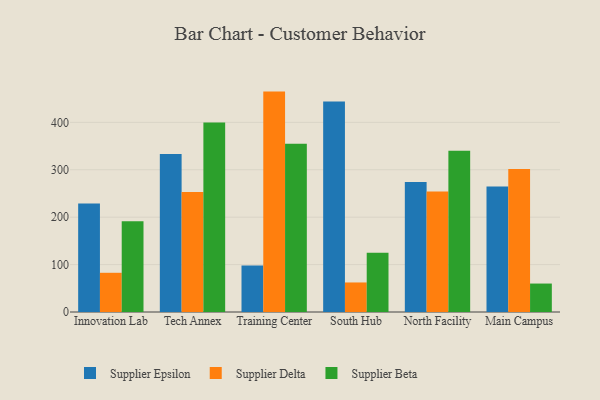
{"axis": {"x": "Campus", "y": "Energy Usage (MWh)"}, "legend": ["Supplier Beta", "Supplier Delta", "Supplier Epsilon"], "data": [{"x": "Innovation Lab", "y": 228.6, "type": "Supplier Epsilon"}, {"x": "Innovation Lab", "y": 82.7, "type": "Supplier Delta"}, {"x": "Innovation Lab", "y": 191.2, "type": "Supplier Beta"}, {"x": "Tech Annex", "y": 333.2, "type": "Supplier Epsilon"}, {"x": "Tech Annex", "y": 253.1, "type": "Supplier Delta"}, {"x": "Tech Annex", "y": 399.6, "type": "Supplier Beta"}, {"x": "Training Center", "y": 98.2, "type": "Supplier Epsilon"}, {"x": "Training Center", "y": 464.8, "type": "Supplier Delta"}, {"x": "Training Center", "y": 354.6, "type": "Supplier Beta"}, {"x": "South Hub", "y": 443.8, "type": "Supplier Epsilon"}, {"x": "South Hub", "y": 62.3, "type": "Supplier Delta"}, {"x": "South Hub", "y": 125.1, "type": "Supplier Beta"}, {"x": "North Facility", "y": 274.2, "type": "Supplier Epsilon"}, {"x": "North Facility", "y": 254.3, "type": "Supplier Delta"}, {"x": "North Facility", "y": 340.2, "type": "Supplier Beta"}, {"x": "Main Campus", "y": 264.7, "type": "Supplier Epsilon"}, {"x": "Main Campus", "y": 301.8, "type": "Supplier Delta"}, {"x": "Main Campus", "y": 60.0, "type": "Supplier Beta"}]}